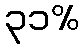
၃၁%